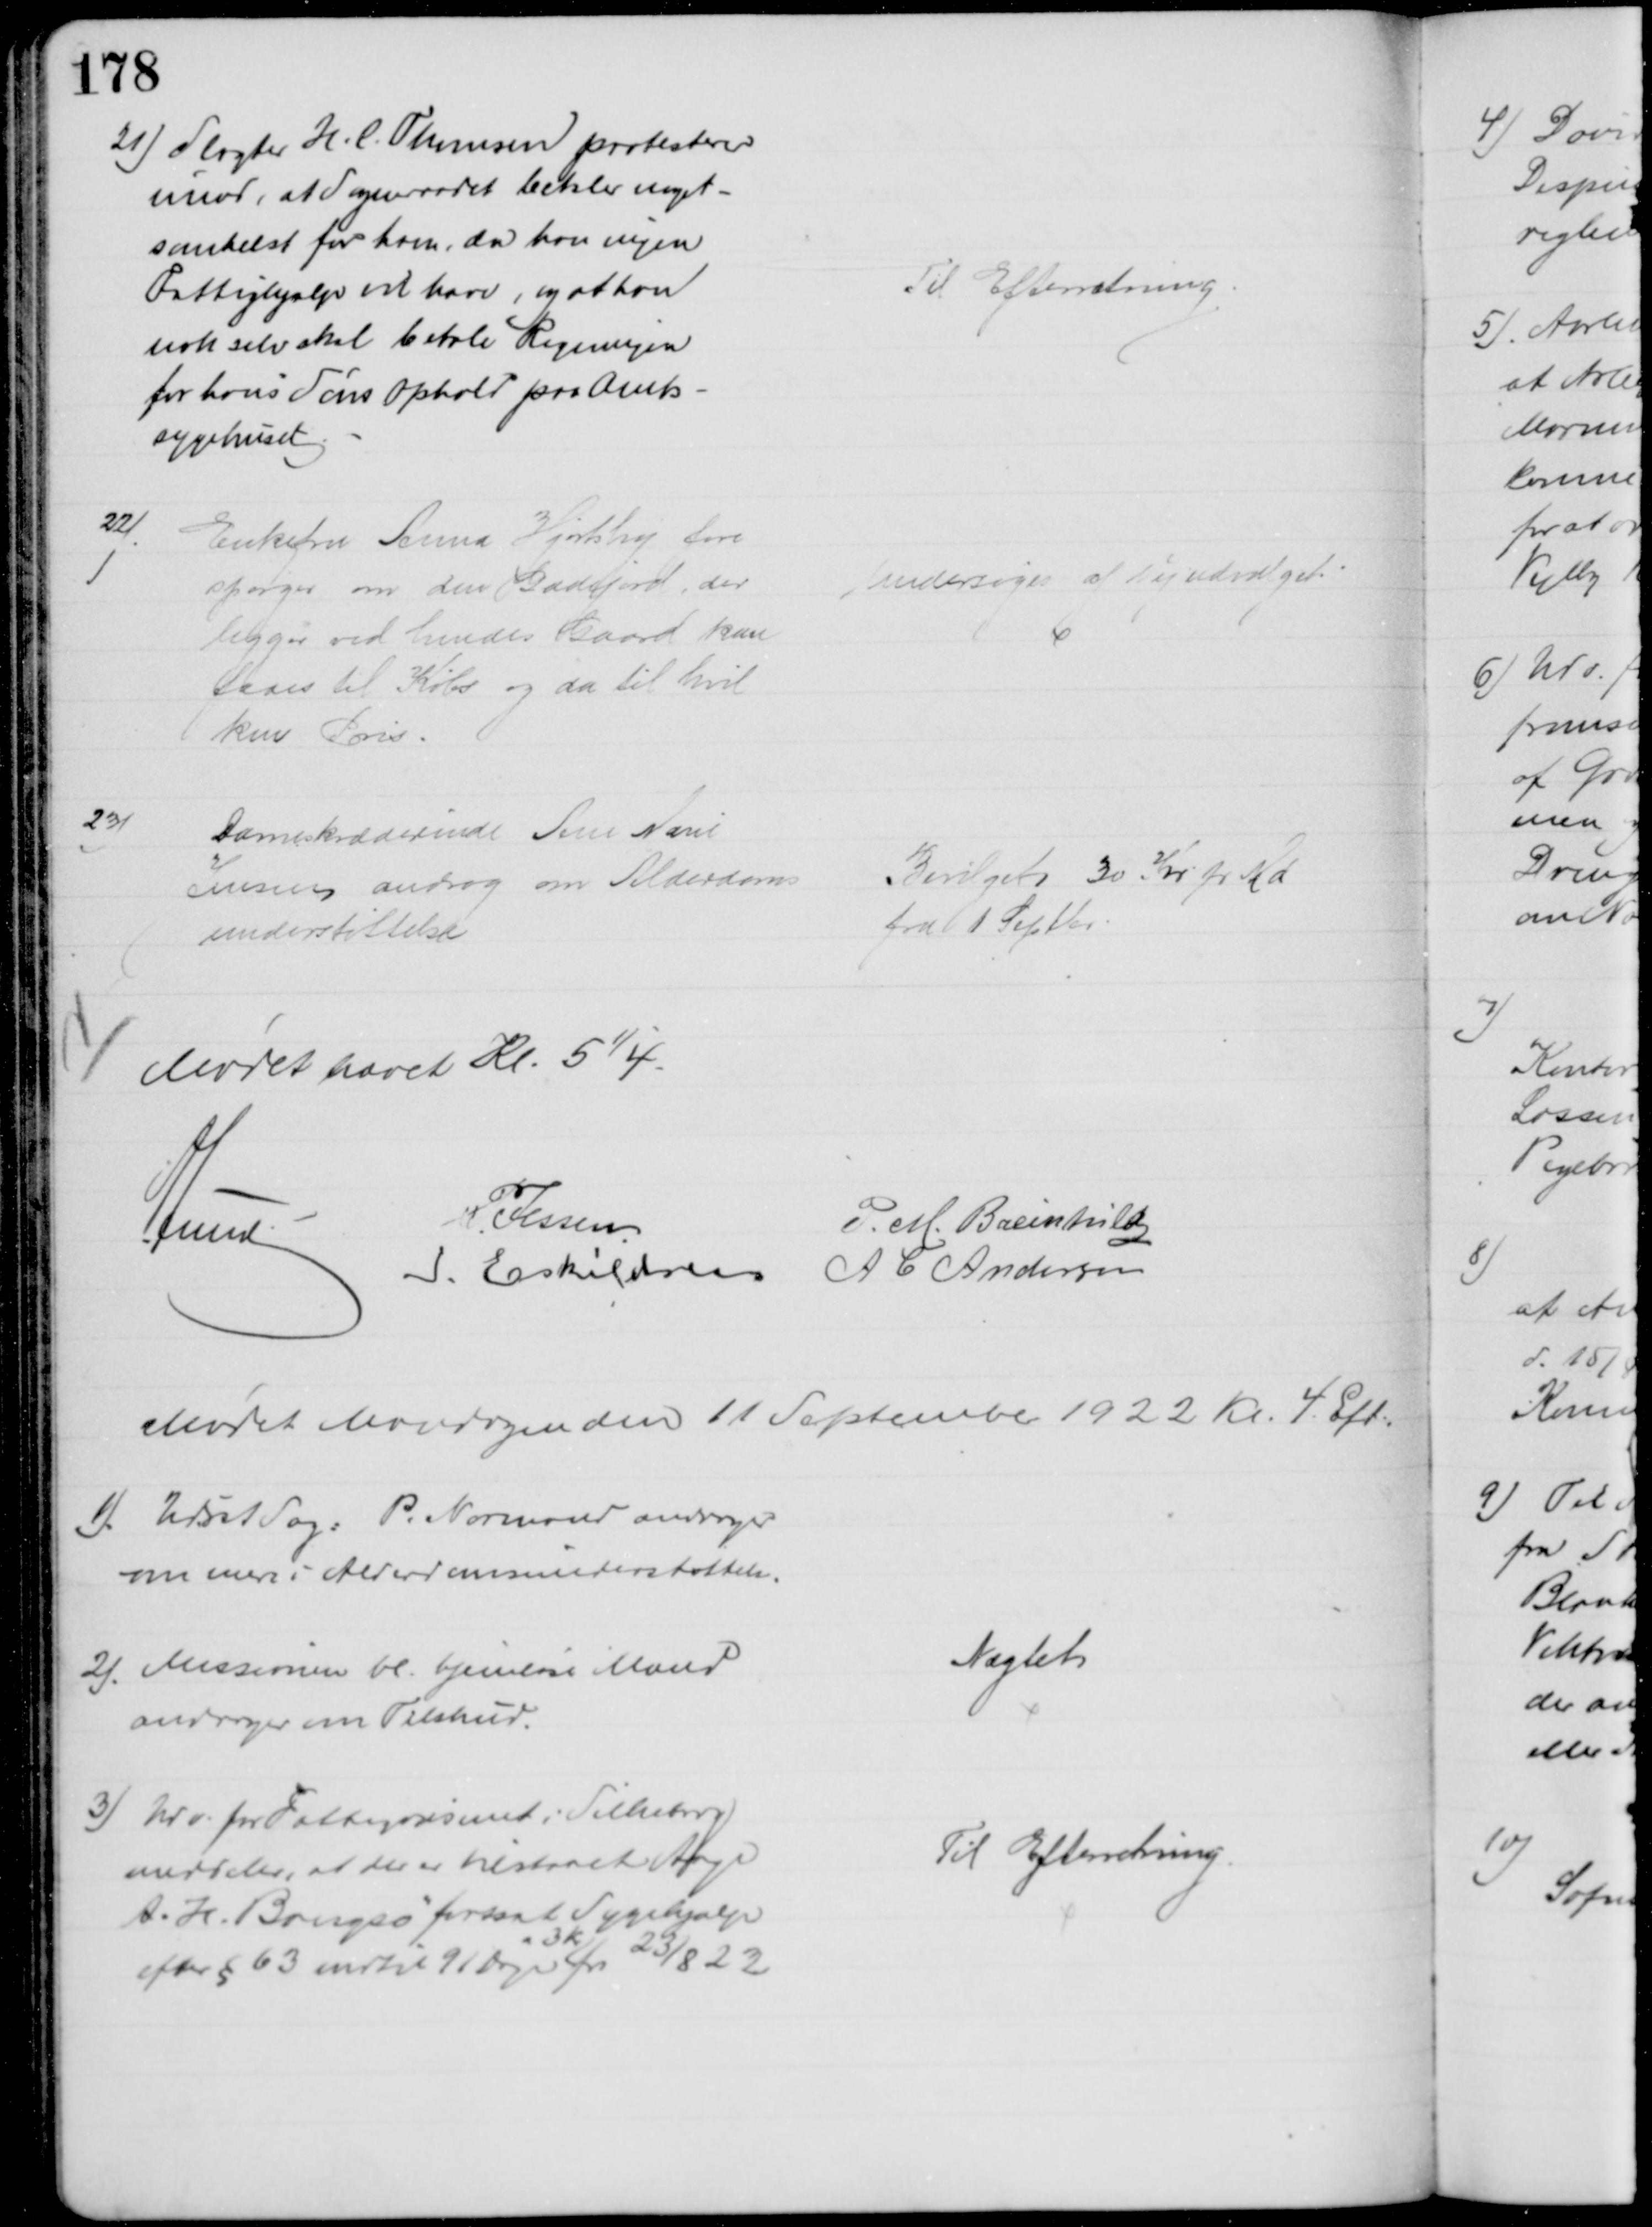
Transskription:
21) Slagter H. C. Thomsen protesterer
imod, at Sogneraadet betaler noget-
somhelst for ham, da han ingen
Fattighjælp vil have, og at han
nok selv skal betale Regningen
for hans Søns Ophold paa Amts-
sygehuset
Til Efterretning
22)
Enkefru Anna Hjortshøj fore
spørger om den Gadejord, der
ligger ved hendes Gaard kan 
faaes til Køb og da til hvil
ken Pris.
Undersøges af Vejudvalget
23)
Dameskræderinde Ane Marie
Jensen androg om Alderdoms
understøttelse
Bevilget 30 Kr pr Md
fra 1 Septbr
Mødet hævet Kl. 5¼.
A Lund
P. Jessen
P. M. Breinhild
I. Eskildsen A C Andersen
Mødet Mandagen den 11 September 1922 Kr. 4. Eft.
1) Udsat Sag: P. Normand andrager
om mere i Alderdomsunderstøttelse.
2). Missionen bl. hjemløse Mænd
andrager om Tilskud.
Nægtet
3) Udv. for Fattigvæsenet i Silkeborg
meddeler, at der er tilstaaet Aage
A. H. Bangsø fortsat Sygehjælp
efter § 63 indtil 91 Dage 
a 3 Kr
fra 23/8 22
Til Efterretning.